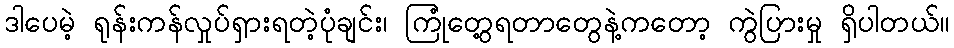
ဒါပေမဲ့ ရုန်းကန်လှုပ်ရှားရတဲ့ပုံချင်း၊ ကြုံတွေ့ရတာတွေနဲ့ကတော့ ကွဲပြားမှု ရှိပါတယ်။